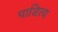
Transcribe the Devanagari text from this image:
पाडित्य